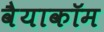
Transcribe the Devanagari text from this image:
वैयाकॉम